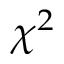
\chi ^ { 2 }